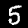
Label: 5